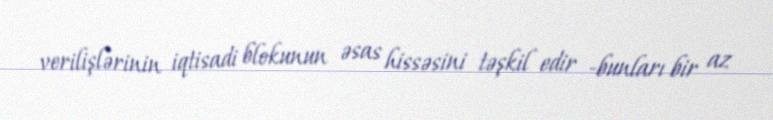
verilişlərinin iqtisadi blokunun əsas hissəsini təşkil edir -bunları bir az